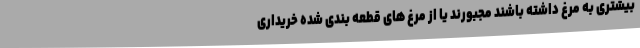
بیشتری به مرغ داشته باشند مجبورند یا از مرغ های قطعه بندی شده خریداری